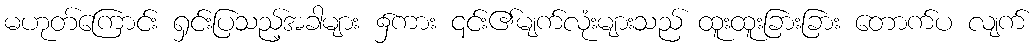
မဟုတ်ကြောင်း ရှင်းပြသည့်အခါများ ၌ကား ၎င်း၏မျက်လုံးများသည် ထူးထူးခြားခြား တောက်ပ လျက်